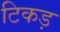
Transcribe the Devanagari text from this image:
टिकड़